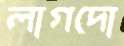
লাগদো